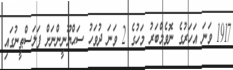
1917 ވަނަ އަހަރުގެ ނޮވެމްބަރު މަހުގެ 2 ވަނަ ދުވަހު ސަޙްޔޫނީންނަށް ފަލަސްޠީނުގައި